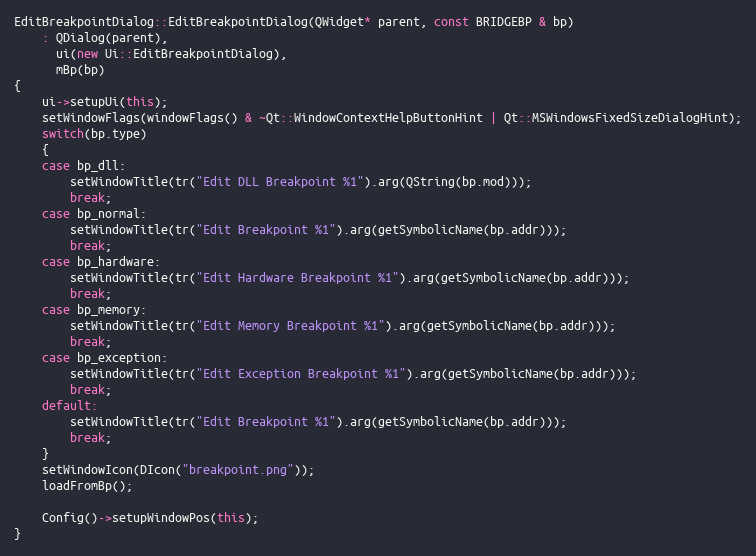
Language: C++
EditBreakpointDialog::EditBreakpointDialog(QWidget* parent, const BRIDGEBP & bp)
    : QDialog(parent),
      ui(new Ui::EditBreakpointDialog),
      mBp(bp)
{
    ui->setupUi(this);
    setWindowFlags(windowFlags() & ~Qt::WindowContextHelpButtonHint | Qt::MSWindowsFixedSizeDialogHint);
    switch(bp.type)
    {
    case bp_dll:
        setWindowTitle(tr("Edit DLL Breakpoint %1").arg(QString(bp.mod)));
        break;
    case bp_normal:
        setWindowTitle(tr("Edit Breakpoint %1").arg(getSymbolicName(bp.addr)));
        break;
    case bp_hardware:
        setWindowTitle(tr("Edit Hardware Breakpoint %1").arg(getSymbolicName(bp.addr)));
        break;
    case bp_memory:
        setWindowTitle(tr("Edit Memory Breakpoint %1").arg(getSymbolicName(bp.addr)));
        break;
    case bp_exception:
        setWindowTitle(tr("Edit Exception Breakpoint %1").arg(getSymbolicName(bp.addr)));
        break;
    default:
        setWindowTitle(tr("Edit Breakpoint %1").arg(getSymbolicName(bp.addr)));
        break;
    }
    setWindowIcon(DIcon("breakpoint.png"));
    loadFromBp();

    Config()->setupWindowPos(this);
}